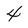
Character: 4